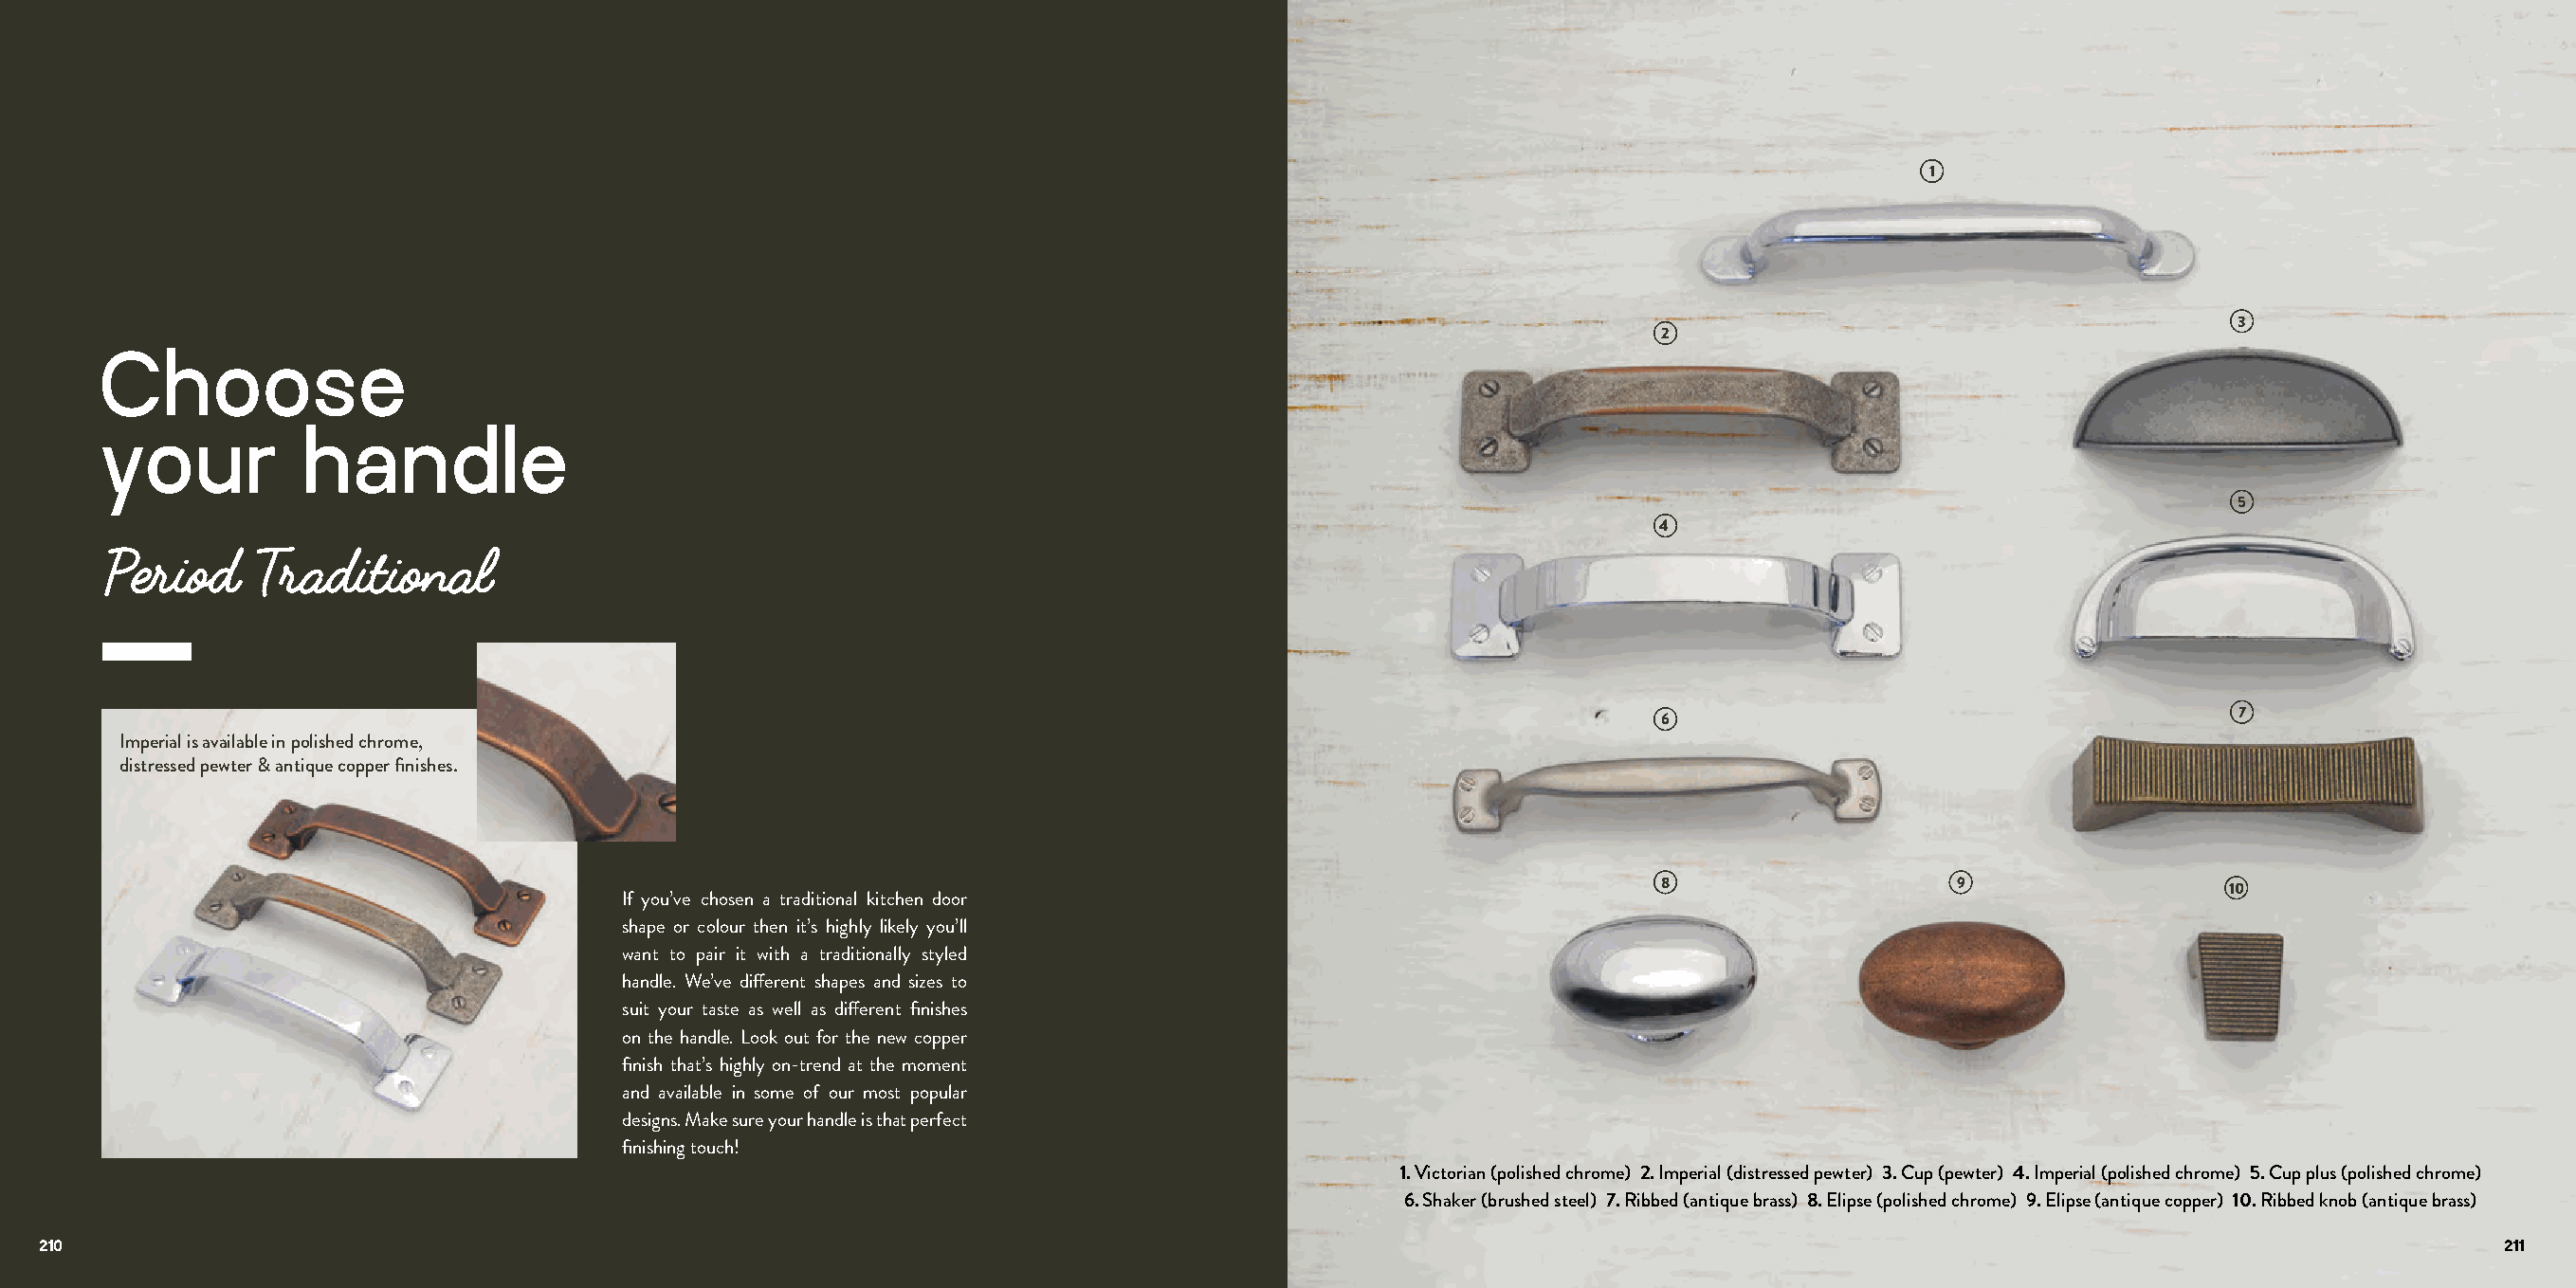
1
 3
 2
 Choose
 your          handle
 5
 4
 7
 6
 Imperial is available in polished chrome,
 distressed pewter & antique copper finishes.
 8                    9                  10
 If you’ve chosen a traditional kitchen door
 shape or colour then it’s highly likely you’ll
 want to pair it with a traditionally styled
 handle. We’ve different shapes and sizes to
 suit your taste as well as different finishes
 on the handle. Look out for the new copper
 finish that’s highly on-trend at the moment
 and available in some of our most popular
 designs. Make sure your handle is that perfect
 finishing touch!
 1. Victorian (polished chrome) 2. Imperial (distressed pewter) 3. Cup (pewter) 4. Imperial (polished chrome) 5. Cup plus (polished chrome)
 6. Shaker (brushed steel) 7. Ribbed (antique brass) 8. Elipse (polished chrome) 9. Elipse (antique copper) 10. Ribbed knob (antique brass)
 210                                                                                                                                                                         211